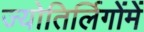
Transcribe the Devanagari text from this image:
ज्योतिर्लिगोंमें